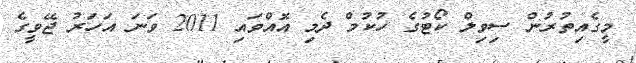
މީގެއިތުރުން ސިވިލް ކޯޓުގެ ހުކުމް ދެމި އޮއްވައި 2011 ވަނަ އަހަރު ޖޭވީގެ